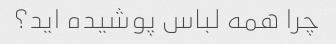
چرا همه لباس پوشیده اید؟